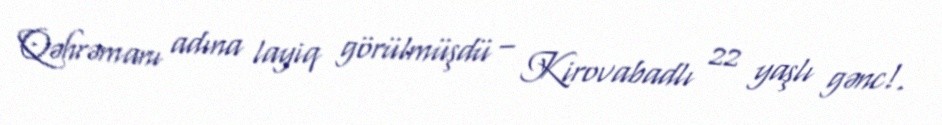
Qəhrəmanı adına layiq görülmüşdü – Kirovabadlı 22 yaşlı gənc!.